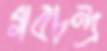
গবচন্দ্র